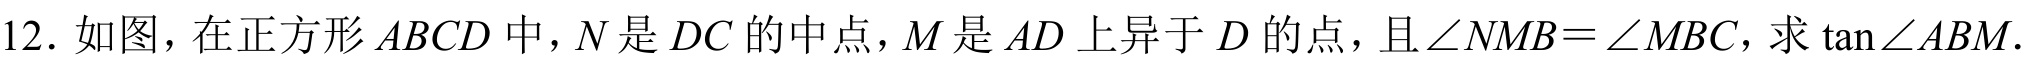
12. 如图，在正方形\(ABCD\)中，\(N\)是\(DC\)的中点，\(M\)是\(AD\)上异于\(D\)的点，且\(\angle NMB=\angle MBC\)，求\(\tan\angle ABM\).